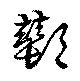
鄼